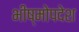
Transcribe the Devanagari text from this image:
भीष्मोपदेश